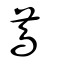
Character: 蔦